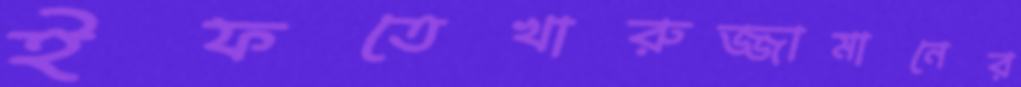
ইফতেখারুজ্জামানের